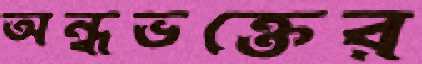
অন্ধভক্তের